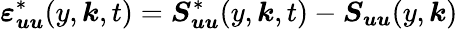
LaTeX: \boldsymbol{\varepsilon_{uu}}^{*}(y,\boldsymbol{k},t)=\boldsymbol{S_{uu}}^{*}(y,\boldsymbol{k},t)-\boldsymbol{S_{uu}}(y,\boldsymbol{k})